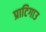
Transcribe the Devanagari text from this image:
प्राटिगाउ